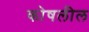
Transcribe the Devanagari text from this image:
कोषलील